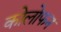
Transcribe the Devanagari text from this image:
कोलोफन